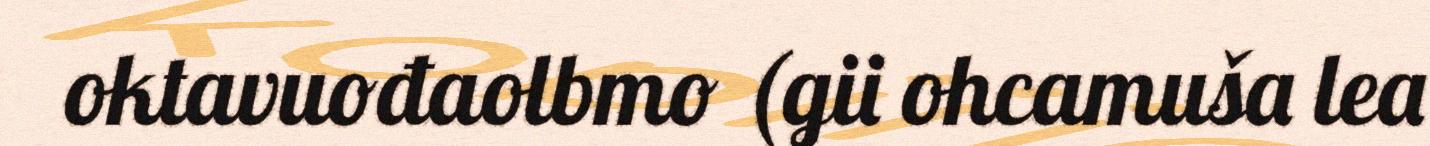
oktavuođaolbmo (gii ohcamuša lea